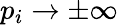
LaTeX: p_{i}\to\pm\infty